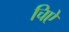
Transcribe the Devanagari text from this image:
चिऐ